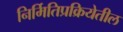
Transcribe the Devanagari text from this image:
निर्मितिप्रक्रियेतील